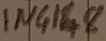
Text: IN4148